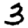
Digit: 3